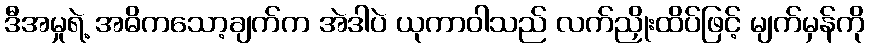
ဒီအမှုရဲ့ အဓိကသော့ချက်က အဲဒါပဲ ယုကာဝါသည် လက်ညှိုးထိပ်ဖြင့် မျက်မှန်ကို